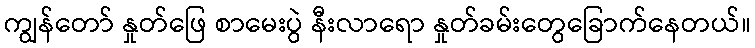
ကျွန်တော် နှုတ်ဖြေ စာမေးပွဲ နီးလာရော နှုတ်ခမ်းတွေခြောက်နေတယ်။